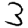
Digit: 3